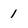
Character: 1